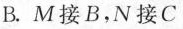
B.M接B，N接C